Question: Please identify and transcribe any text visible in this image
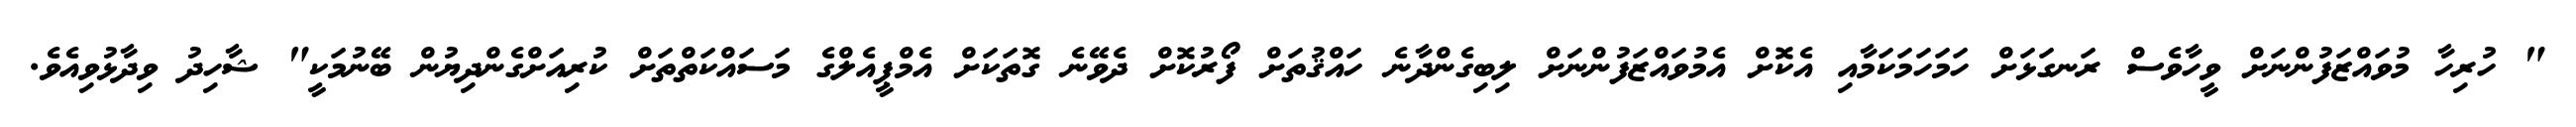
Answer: " ހުރިހާ މުވައްޒަފުންނަށް ވީހާވެސް ރަނގަޅަށް ހަމަހަމަކަމާއި އެކޮށް އެމުވައްޒަފުންނަށް ލިބިގެންދާނެ ހައްޤުތަށް ފޯރުކޮށް ދެވޭނެ ގޮތަކަށް އެމްޕީއެލްގެ މަސައްކަތްތަށް ކުރިއަށްގެންދިޔުން ބޭނުމަކީ" ޝާހިދު ވިދާޅުވިއެވެ.